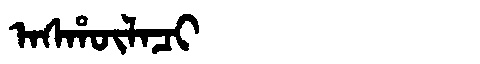
Manchu: ᠠᠰᡥᡡᠯᠠᠴᡳ
Romanization: ASHŪLACI